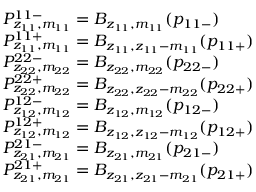
\begin{array} { r l } & { P _ { z _ { 1 1 } , m _ { 1 1 } } ^ { 1 1 - } = B _ { z _ { 1 1 } , m _ { 1 1 } } ( p _ { 1 1 - } ) } \\ & { P _ { z _ { 1 1 } , m _ { 1 1 } } ^ { 1 1 + } = B _ { z _ { 1 1 } , z _ { 1 1 } - m _ { 1 1 } } ( p _ { 1 1 + } ) } \\ & { P _ { z _ { 2 2 } , m _ { 2 2 } } ^ { 2 2 - } = B _ { z _ { 2 2 } , m _ { 2 2 } } ( p _ { 2 2 - } ) } \\ & { P _ { z _ { 2 2 } , m _ { 2 2 } } ^ { 2 2 + } = B _ { z _ { 2 2 } , z _ { 2 2 } - m _ { 2 2 } } ( p _ { 2 2 + } ) } \\ & { P _ { z _ { 1 2 } , m _ { 1 2 } } ^ { 1 2 - } = B _ { z _ { 1 2 } , m _ { 1 2 } } ( p _ { 1 2 - } ) } \\ & { P _ { z _ { 1 2 } , m _ { 1 2 } } ^ { 1 2 + } = B _ { z _ { 1 2 } , z _ { 1 2 } - m _ { 1 2 } } ( p _ { 1 2 + } ) } \\ & { P _ { z _ { 2 1 } , m _ { 2 1 } } ^ { 2 1 - } = B _ { z _ { 2 1 } , m _ { 2 1 } } ( p _ { 2 1 - } ) } \\ & { P _ { z _ { 2 1 } , m _ { 2 1 } } ^ { 2 1 + } = B _ { z _ { 2 1 } , z _ { 2 1 } - m _ { 2 1 } } ( p _ { 2 1 + } ) } \end{array}